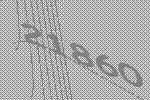
21860